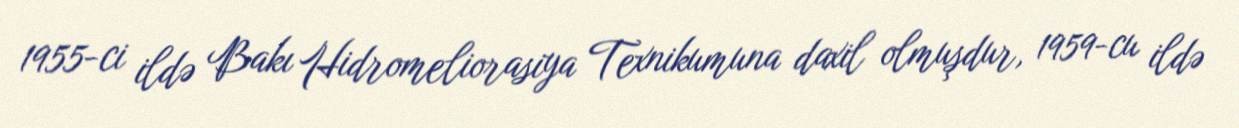
1955-ci ildə Bakı Hidromeliorasiya Texnikumuna daxil olmuşdur, 1959-cu ildə